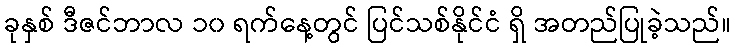
ခုနှစ် ဒီဇင်ဘာလ ၁၀ ရက်နေ့တွင် ပြင်သစ်နိုင်ငံ ရှိ အတည်ပြုခဲ့သည်။